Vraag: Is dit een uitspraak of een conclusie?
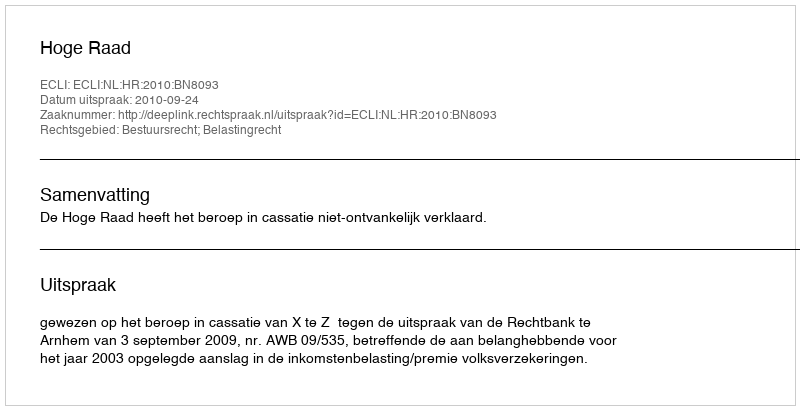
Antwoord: Uitspraak